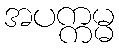
အပက္ကမ္မ